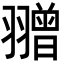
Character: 𦒗